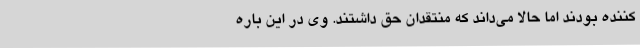
کننده بودند اما حالا می‌داند که منتقدان حق داشتند. وی در این باره